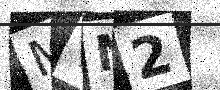
Text: MTN2